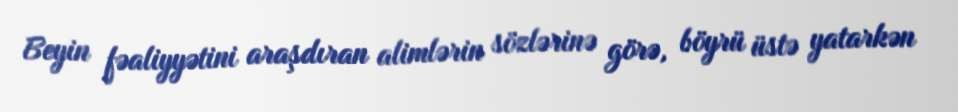
Beyin fəaliyyətini araşdıran alimlərin sözlərinə görə, böyrü üstə yatarkən